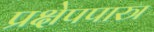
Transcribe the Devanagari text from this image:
प्रक्षेपपास्त्र